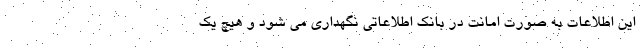
این اطلاعات به صورت امانت در بانک اطلاعاتی نگهداری می شود و هیچ یک